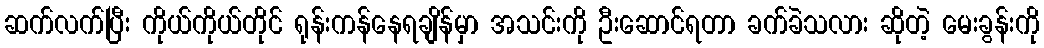
ဆက်လက်ပြီး ကိုယ်ကိုယ်တိုင် ရုန်းကန်နေရချိန်မှာ အသင်းကို ဦးဆောင်ရတာ ခက်ခဲသလား ဆိုတဲ့ မေးခွန်းကို